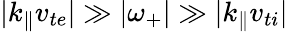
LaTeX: \lvert k_{\parallel}v_{te}\rvert\gg\lvert\omega_{+}\rvert\gg\lvert k_{\parallel}v_{ti}\rvert